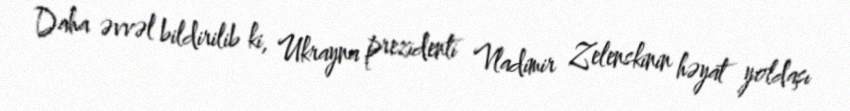
Daha əvvəl bildirilib ki, Ukrayna prezidenti Vladimir Zelenskinin həyat yoldaşı